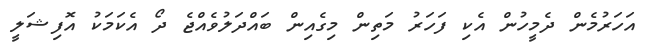
އަހަރުމެން ދެމީހުން އެކި ފަހަރު މަތިން މިގެއިން ބައްދަލުވެއްޖެ ދޯ އެކަމަކު އޮފިޝަލީ